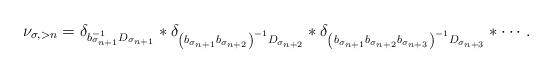
LaTeX: \begin{align*} \nu_{\sigma, >n}=\delta_{b_{\sigma_{n+1}}^{-1} D_{\sigma_{n+1}}} \ast \delta_{\left(b_{\sigma_{n+1}} b_{\sigma_{n+2}}\right)^{-1} D_{\sigma_{n+2}}}\ast \delta_{\left(b_{\sigma_{n+1}} b_{\sigma_{n+2}} b_{\sigma_{n+3}}\right)^{-1}D_{\sigma_{n+3}}} \ast\cdots .\end{align*}